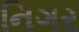
નિગર